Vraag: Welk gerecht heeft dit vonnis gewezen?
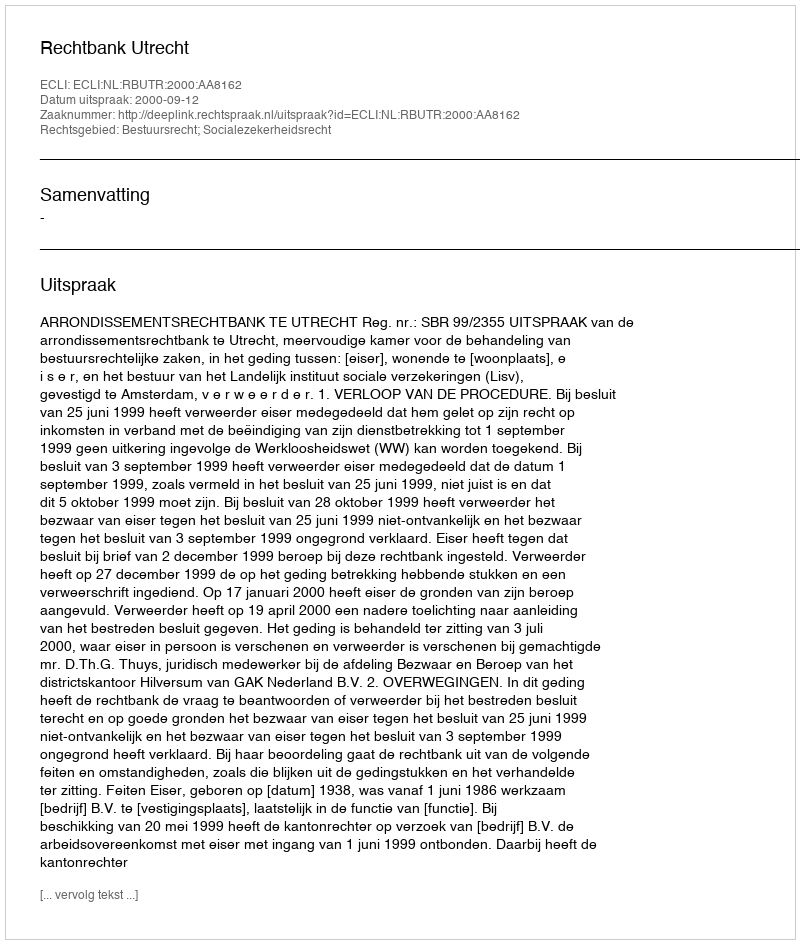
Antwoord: Rechtbank Utrecht